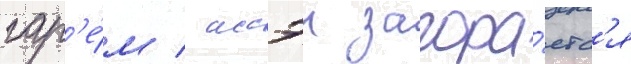
гар'е́м / иссэи загора́етс'я